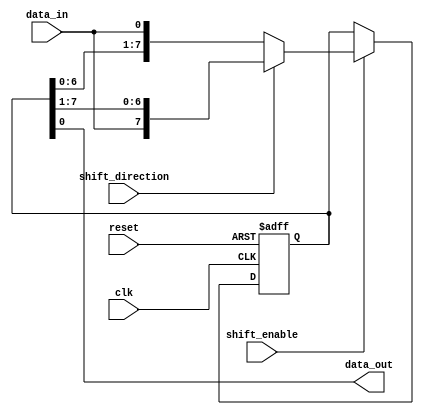
module bidirectional_shift_register (
    input wire clk,     // Clock input
    input wire reset,   // Reset signal
    input wire shift_enable,   // Shift enable signal
    input wire shift_direction,   // Shift direction signal (0 for left shift, 1 for right shift)
    input wire data_in,   // Data input
    output reg data_out   // Data output
);

reg [7:0] shift_reg;     // 8-bit shift register

always @(posedge clk or posedge reset) begin
    if (reset) begin
        shift_reg <= 8'b0;   // Clear the register on reset
    end else if (shift_enable) begin
        if (shift_direction) begin   // Right shift
            shift_reg <= {data_in, shift_reg[7:1]};   // Shift data in from the right
        end else begin   // Left shift
            shift_reg <= {shift_reg[6:0], data_in};   // Shift data in from the left
        end
    end
end

assign data_out = shift_reg;   // Output the shifted data

endmodule